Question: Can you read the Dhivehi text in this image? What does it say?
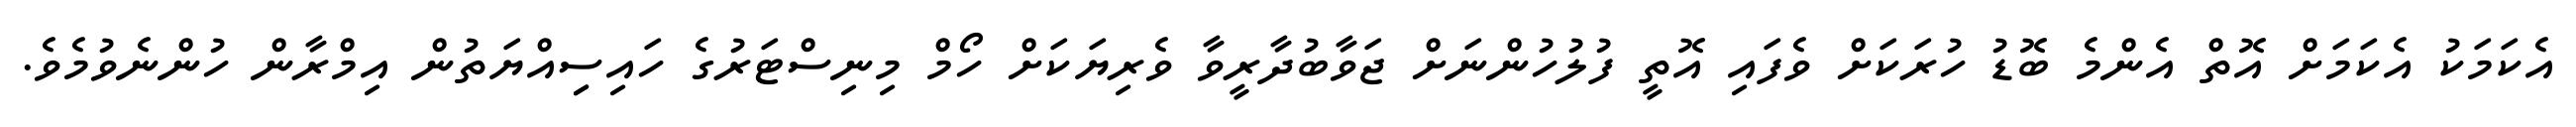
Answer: އެކަމަކު އެކަމަށް އޮތް އެންމެ ބޮޑު ހުރަކަށް ވެފައި އޮތީ ފުލުހުންނަށް ޖަވާބުދާރީވާ ވެރިޔަކަށް ހޯމް މިނިސްޓަރުގެ ހައިސިިއްޔަތުން އިމްރާން ހުންނެވުމެވެ.